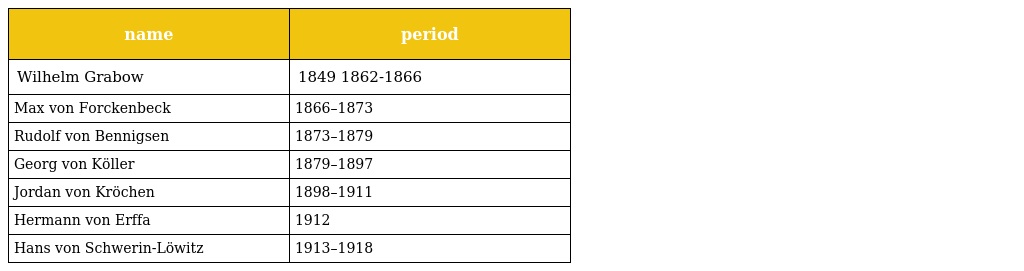
| name | period |
 | --- | --- |
 | Wilhelm Grabow | 1849 1862-1866 |
 | Max von Forckenbeck | 1866–1873 |
 | Rudolf von Bennigsen | 1873–1879 |
 | Georg von Köller | 1879–1897 |
 | Jordan von Kröchen | 1898–1911 |
 | Hermann von Erffa | 1912 |
 | Hans von Schwerin-Löwitz | 1913–1918 |